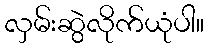
လှမ်းဆွဲလိုက်ယုံပါ။